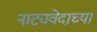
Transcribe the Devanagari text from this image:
नाट्यवेदाच्या